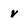
Character: v